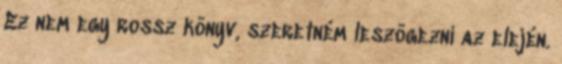
Ez nem egy rossz könyv, szeretném leszögezni az elején.